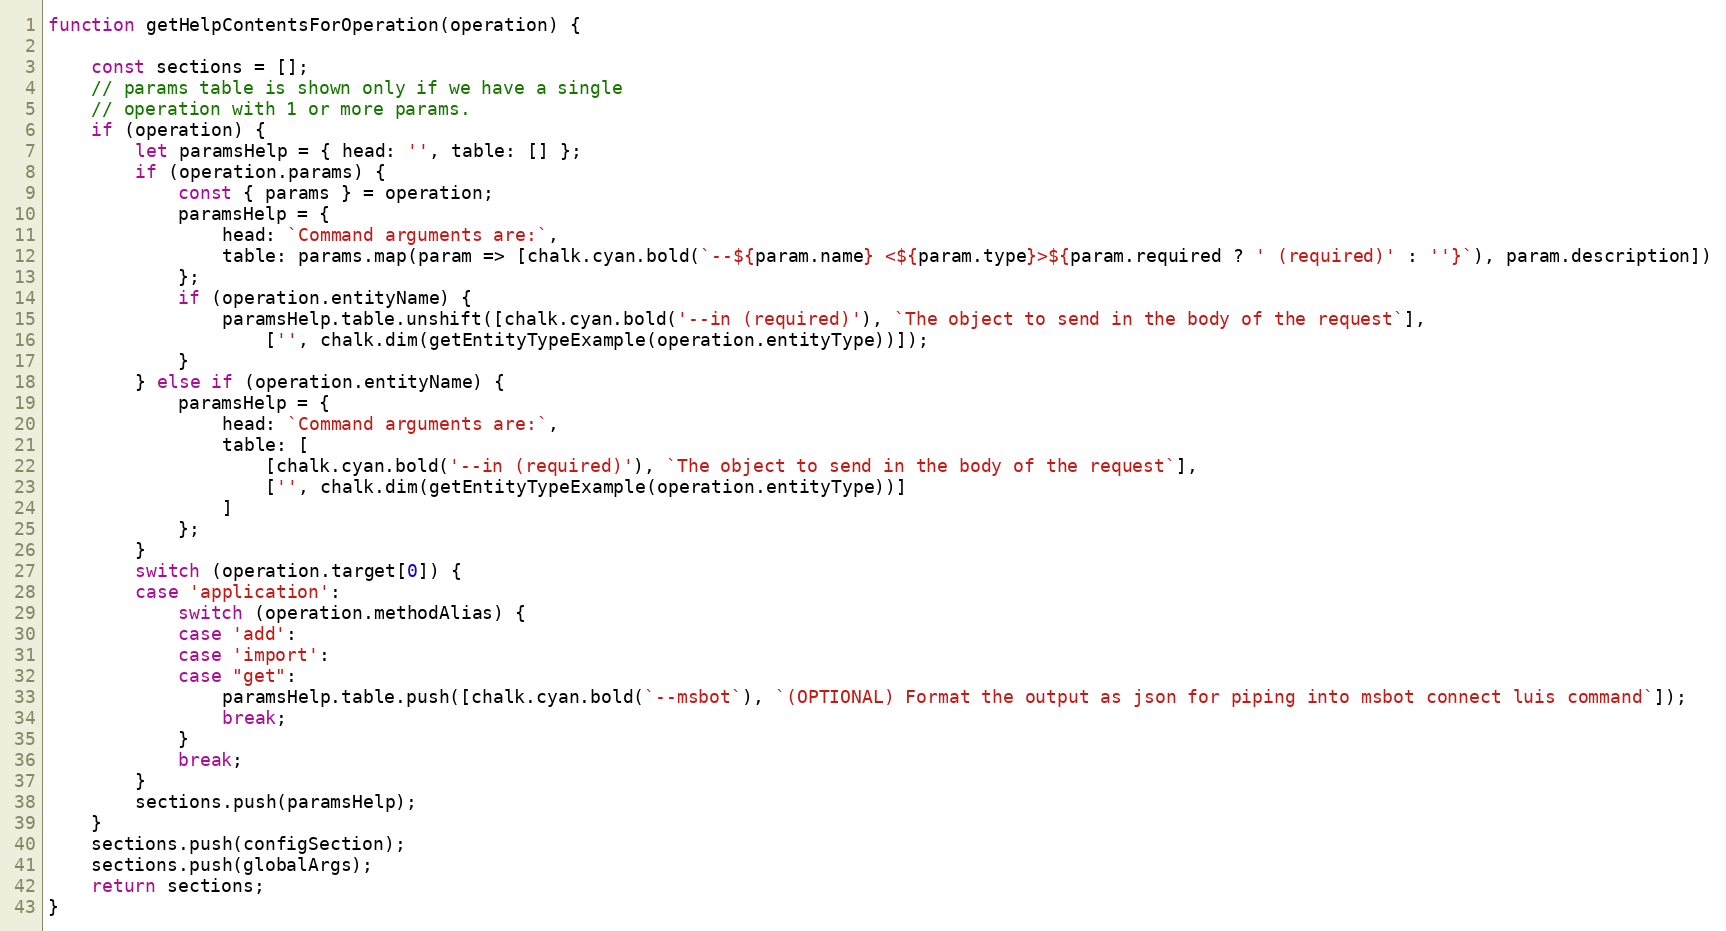
Language: JavaScript
function getHelpContentsForOperation(operation) {

    const sections = [];
    // params table is shown only if we have a single
    // operation with 1 or more params.
    if (operation) {
        let paramsHelp = { head: '', table: [] };
        if (operation.params) {
            const { params } = operation;
            paramsHelp = {
                head: `Command arguments are:`,
                table: params.map(param => [chalk.cyan.bold(`--${param.name} <${param.type}>${param.required ? ' (required)' : ''}`), param.description])
            };
            if (operation.entityName) {
                paramsHelp.table.unshift([chalk.cyan.bold('--in (required)'), `The object to send in the body of the request`],
                    ['', chalk.dim(getEntityTypeExample(operation.entityType))]);
            }
        } else if (operation.entityName) {
            paramsHelp = {
                head: `Command arguments are:`,
                table: [
                    [chalk.cyan.bold('--in (required)'), `The object to send in the body of the request`],
                    ['', chalk.dim(getEntityTypeExample(operation.entityType))]
                ]
            };
        }
        switch (operation.target[0]) {
        case 'application':
            switch (operation.methodAlias) {
            case 'add':
            case 'import':
            case "get":
                paramsHelp.table.push([chalk.cyan.bold(`--msbot`), `(OPTIONAL) Format the output as json for piping into msbot connect luis command`]);
                break;
            }
            break;
        }
        sections.push(paramsHelp);
    }
    sections.push(configSection);
    sections.push(globalArgs);
    return sections;
}